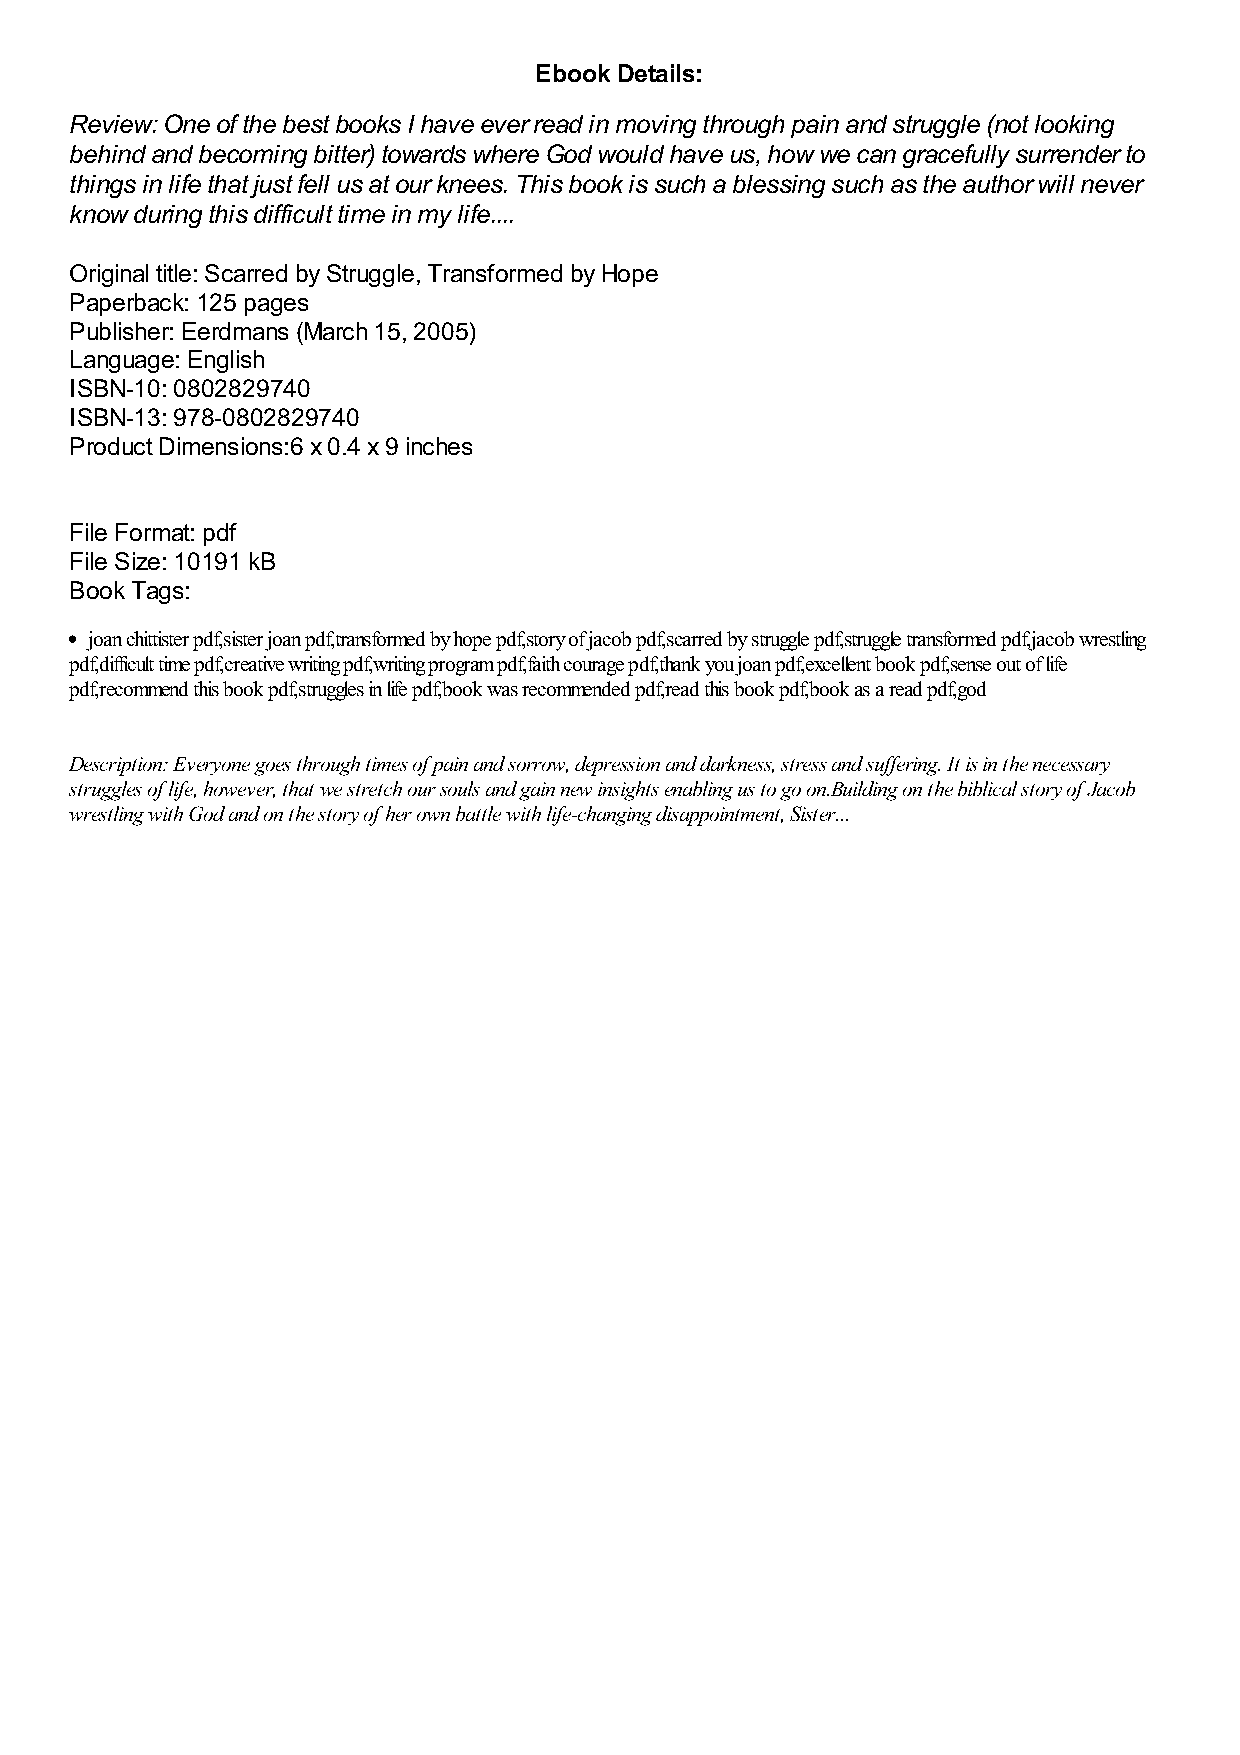
Ebook Details:
 Review: One of the best books I have ever read in moving through pain and struggle (not looking
 behind and becoming bitter) towards where God would have us, how we can gracefully surrender to
 things in life that just fell us at our knees. This book is such a blessing such as the author will never
 know during this difficult time in my life....
 Original title: Scarred by Struggle, Transformed by Hope
 Paperback: 125 pages
 Publisher: Eerdmans (March 15, 2005)
 Language: English
 ISBN-10: 0802829740
 ISBN-13: 978-0802829740
 Product Dimensions:6 x 0.4 x 9 inches
 File Format: pdf
 File Size: 10191 kB
 Book Tags:
 joan chittister pdf,sister joan pdf,transformed by hope pdf,story of jacob pdf,scarred by struggle pdf,struggle transformed pdf,jacob wrestling
 pdf,difficult time pdf,creative writing pdf,writing program pdf,faith courage pdf,thank you joan pdf,excellent book pdf,sense out of life
 pdf,recommend this book pdf,struggles in life pdf,book was recommended pdf,read this book pdf,book as a read pdf,god
 Description: Everyone goes through times of pain and sorrow, depression and darkness, stress and suffering. It is in the necessary
 struggles of life, however, that we stretch our souls and gain new insights enabling us to go on.Building on the biblical story of Jacob
 wrestling with God and on the story of her own battle with life-changing disappointment, Sister...